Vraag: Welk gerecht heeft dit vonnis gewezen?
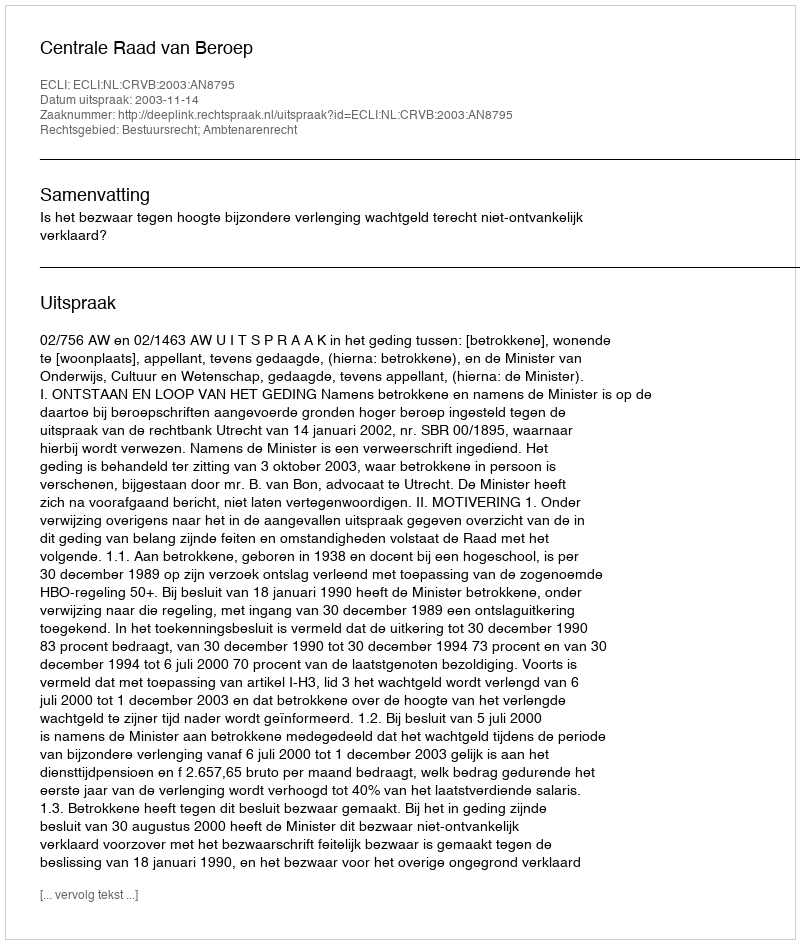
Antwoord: Centrale Raad van Beroep